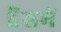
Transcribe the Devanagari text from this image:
हॅेसमें